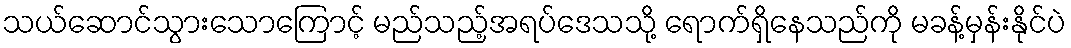
သယ်ဆောင်သွားသောကြောင့် မည်သည့်အရပ်ဒေသသို့ ရောက်ရှိနေသည်ကို မခန့်မှန်းနိုင်ပဲ